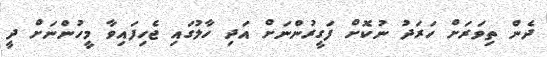
ދެން ތިވަރަށް ހަރަދު ނުކޮށް ފަގީރުންނަށް އަދި ހާލުގައި ޖެހިފައިވާ މީހުންނަށް ދީ